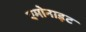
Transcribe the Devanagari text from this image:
एमोनाइट